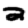
Digit: 2